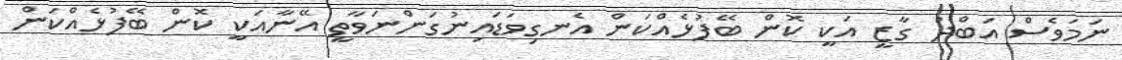
ނަމަވެސް އަބްދު ގާޒީ އަކީ ކޮން ބޭފުޅެއްކަން އެނގިވަޑައިނުގަންނަވާތީ އޭނާއަކީ ކޮން ބޭފުޅެއްކަން